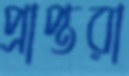
প্রাপ্তরা